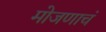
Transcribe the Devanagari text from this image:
मोजणाचं